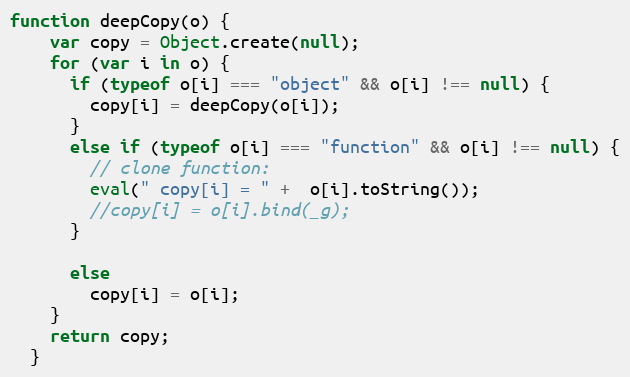
Language: JavaScript
function deepCopy(o) {
    var copy = Object.create(null);
    for (var i in o) {
      if (typeof o[i] === "object" && o[i] !== null) {
        copy[i] = deepCopy(o[i]);
      }
      else if (typeof o[i] === "function" && o[i] !== null) {
        // clone function:
        eval(" copy[i] = " +  o[i].toString());
        //copy[i] = o[i].bind(_g);
      }

      else
        copy[i] = o[i];
    }
    return copy;
  }